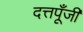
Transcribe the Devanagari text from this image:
दत्तपूँजी